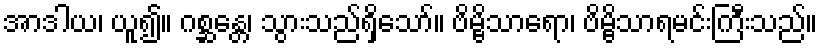
အာဒါယ၊ ယူ၍။ ဂစ္ဆန္တေ၊ သွားသည်ရှိသော်။ ဗိမ္ဗိသာရော၊ ဗိမ္ဗိသာရမင်းကြီးသည်။